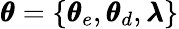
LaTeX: \pmb{\theta}=\{ \pmb{\theta}_{e},\pmb{\theta}_{d},\pmb{\lambda}\}